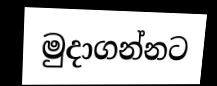
මුදාගන්නට